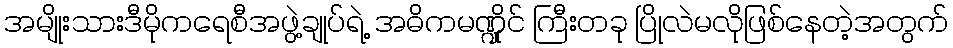
အမျိုးသားဒီမိုကရေစီအဖွဲ့ချုပ်ရဲ့ အဓိကမဏ္ဍိုင် ကြီးတခု ပြိုလဲမလိုဖြစ်နေတဲ့အတွက်